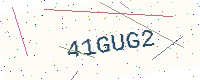
Text: 41GUG2